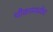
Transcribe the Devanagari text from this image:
चौकामध्येच